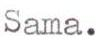
Sama.